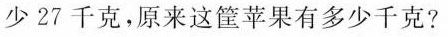
少27千克，原来这筐苹果有多少千克?